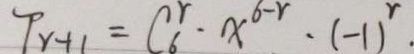
T _ { r + 1 } = C _ { 6 } ^ { r } \cdot x ^ { 6 - r } \cdot ( - 1 ) ^ { r } .